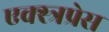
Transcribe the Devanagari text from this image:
एक्स्त्रप्रेस